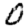
Digit: 0